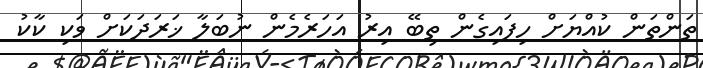
ތަންތަން ކުއްޔަށް ހިފައިގެން ތިބޭ އިރު އަހަރެމެން ނުބަލާ ޚަރަދަކަށް ވަކި ކާކު